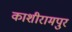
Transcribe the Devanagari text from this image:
काशीरामपुर